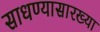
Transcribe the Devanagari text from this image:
साधण्यासारख्या